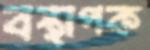
বস্থাপক